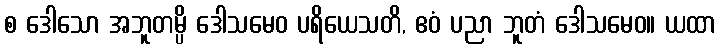
စ ဒေါသော အဘူတမ္ပိ ဒေါသမေဝ ပရိယေသတိ, ဧဝံ ပညာ ဘူတံ ဒေါသမေဝ။ ယထာ